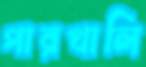
পারখালি